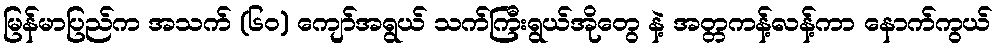
မြန်မာပြည်က အသက် (၆၀) ကျော်အရွယ် သက်ကြီးရွယ်အိုတွေ နဲ့ အတ္တကန့်လန့်ကာ နောက်ကွယ်